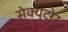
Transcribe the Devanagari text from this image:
सेक्युटोर